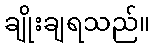
ချိုးချရသည်။